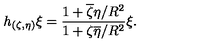
h _ { ( \zeta , \eta ) } \xi = \frac { 1 + \overline { \zeta } \eta / R ^ { 2 } } { 1 + \zeta \overline { \eta } / R ^ { 2 } } \xi .